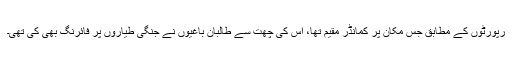
رپورٹوں کے مطابق جس مکان پر کمانڈر مقیم تھا، اُس کی چھت سے طالبان باغیوں نے جنگی طیاروں پر فائرنگ بھی کی تھی۔